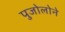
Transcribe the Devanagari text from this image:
पुजोलोने